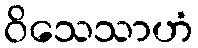
ဝိသေသာဟံ